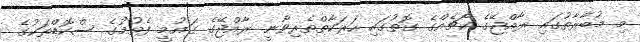
މި މުބާރާތުގައި ރާއްޖޭގެ ކޯޗެއްގެ ގޮތުގައި ހަރަކާތްތެރިވާނީ ރާއްޖޭގެ ގައުމީ ފެތުމުގެ ސްކޮޑްތަކުގެ